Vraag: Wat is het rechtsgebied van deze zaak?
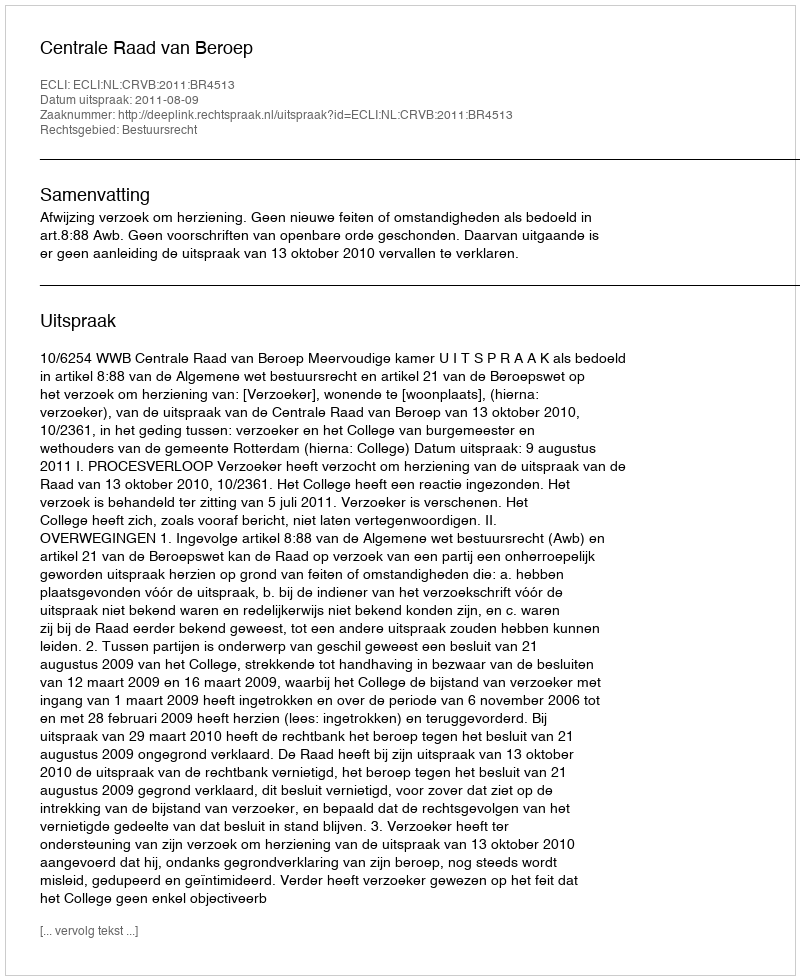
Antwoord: Bestuursrecht